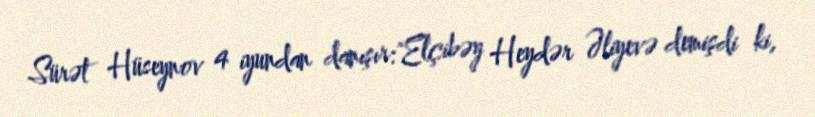
Sürət Hüseynov 4 iyundan danışır:"Elçibəy Heydər Əliyevə demişdi ki,